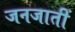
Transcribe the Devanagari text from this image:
जनजातीं